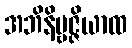
အဘိနိဗ္ဗဇ္ဇိယာထ